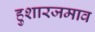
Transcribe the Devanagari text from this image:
हुशारजमाव